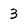
Character: 3